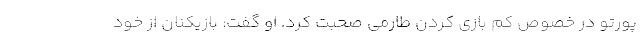
پورتو در خصوص کم بازی کردن طارمی صحبت کرد. او گفت: بازیکنان از خود